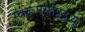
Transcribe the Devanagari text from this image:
स्वरूपसांप्रदाय